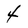
Character: 4